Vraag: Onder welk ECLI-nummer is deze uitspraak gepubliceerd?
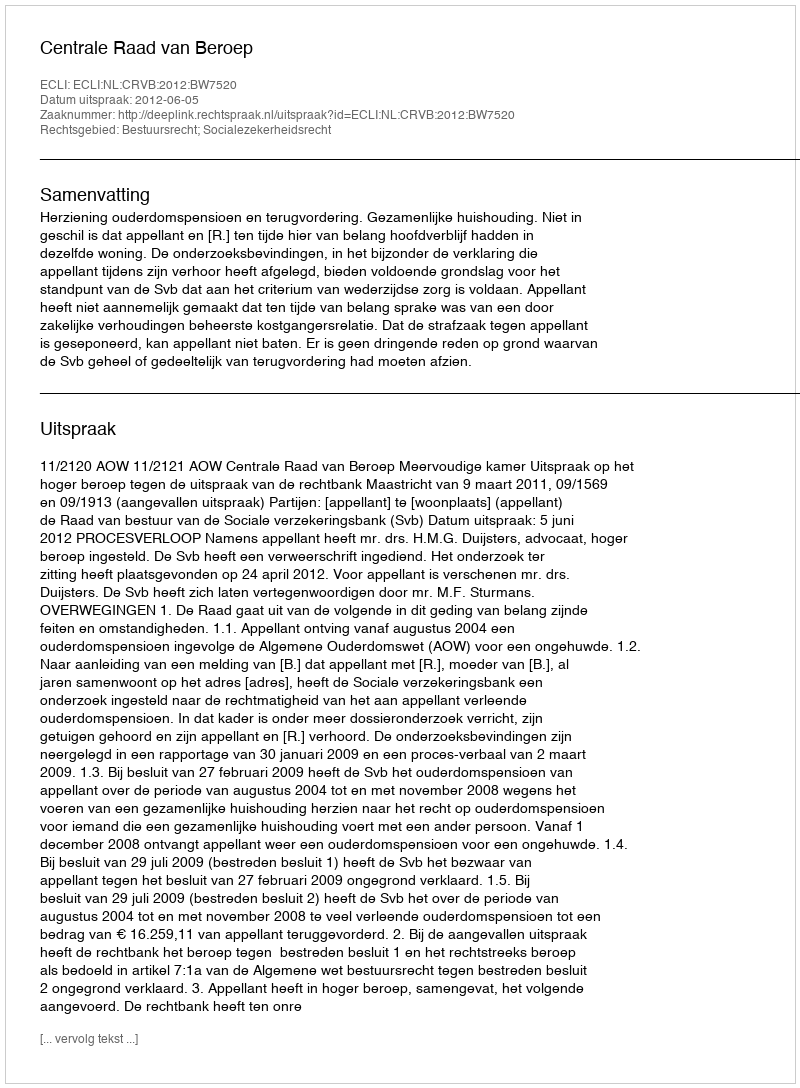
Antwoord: ECLI:NL:CRVB:2012:BW7520